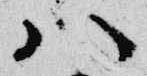
八